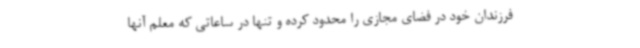
فرزندان خود در فضای مجازی را محدود کرده و تنها در ساعاتی که معلم آنها